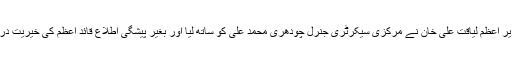
ان دنوں ایک روز اچانک وزیر اعظم لیاقت علی خان نے مرکزی سیکرٹری جنرل چودھری محمد علی کو ساتھ لیا اور بغیر پیشگی اطلاع قائد اعظم کی خیریت دریافت کرنے زیارت پہنچے ۔